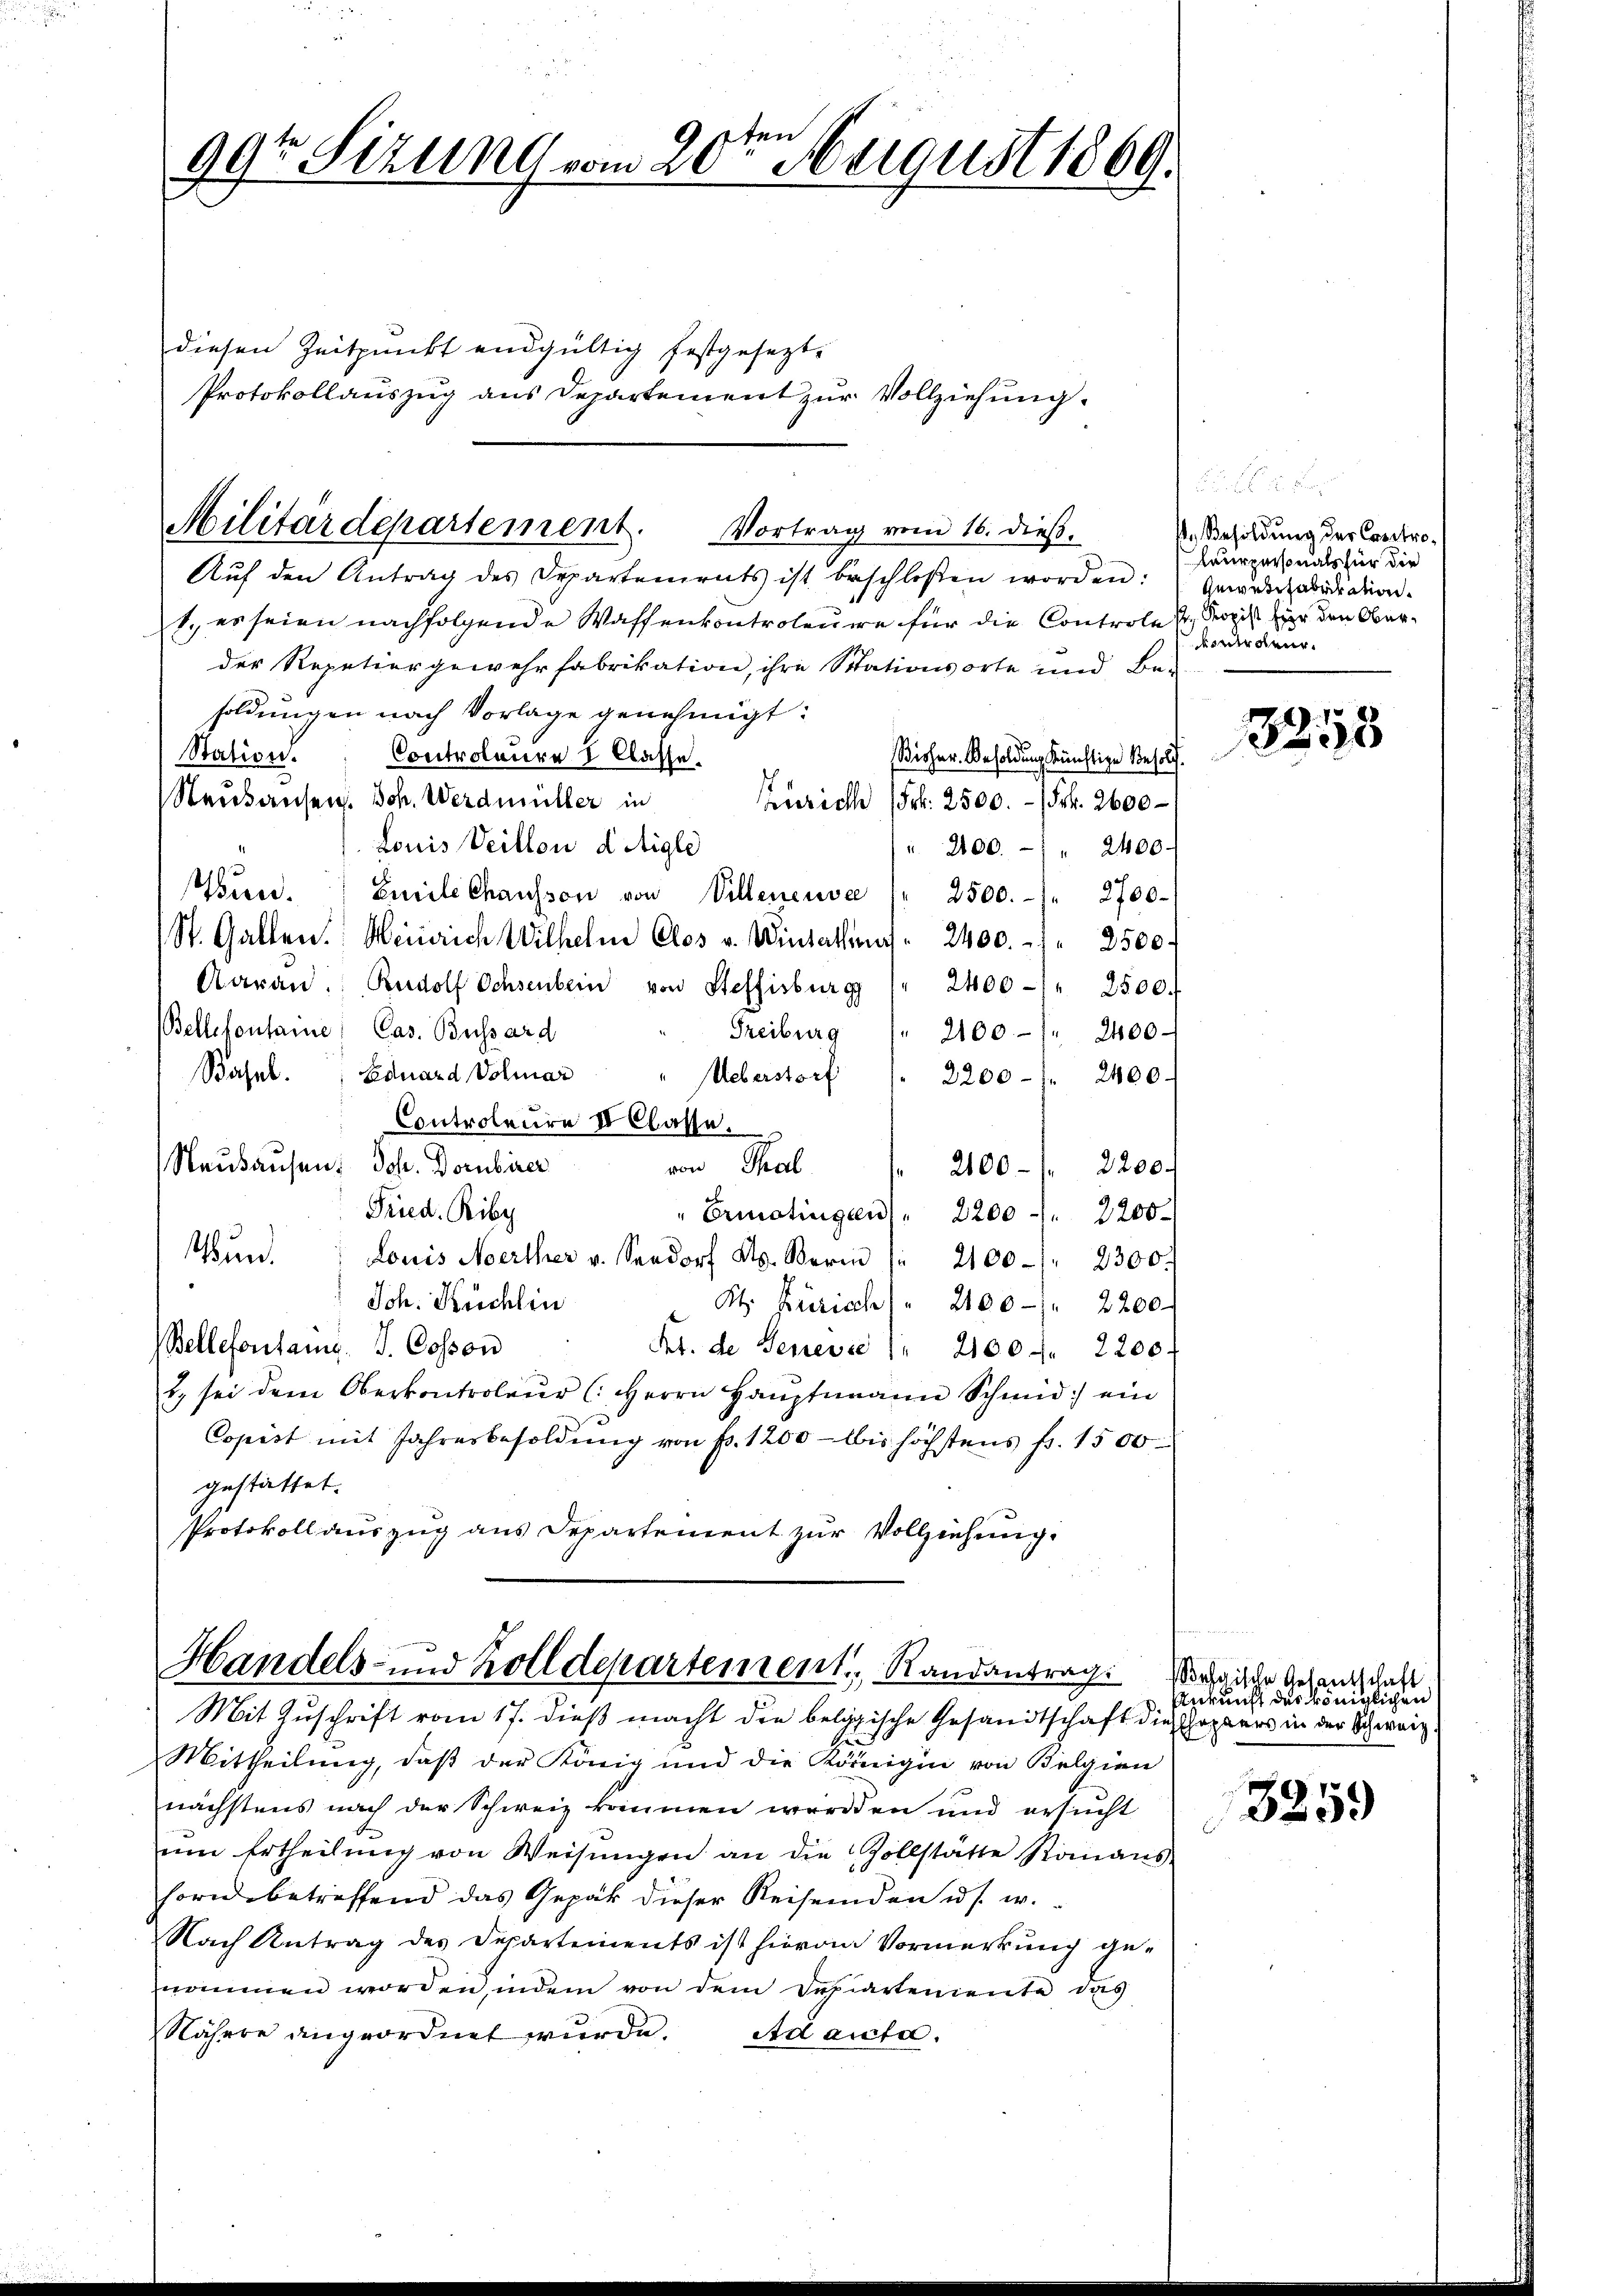
en
99t Sizung vom 20. August 1869.

diesen Zeitpunkt endgültig festgesezt.
Protokollauszug aus Departement zur Vollziehung.

Militärdepartement. Vortrag vom 16. dieß.

Aŭf den Antrag des Departements ist beschloßen worden:
1., es seien nachfolgende Waffenkontroleuere für die Controle u Kopist für den Oberder Repetiergewehrfabrikation, ihre Stationsorte und Be-
soldungen nach Vorlage genehmigt:
Station. Controleure I Classe.
Bisher. Besoldung künftige Besold.
Neuhausen. Joh. Werdmüller in
Zürich (Frk. 2500. - Fr. 2600
Louis Veillon d Aigle
" 2100. " " 2400.
Tun. Emile Chausson von Villeneuve /" 2500.- 1. 2700.
St. Gallen. Heinrich Wilhelm Clos u. Wiesachens 2400. 1. 2500
Aaran. Rudolf Ochsenbein von Steffisburg (" 2400 " 2500.
Bellefontaine: Cas. Bossard
Freiburg (" 2100 " 2400
Basel. Eduard Volmar
Ueberstorf 1. 2200 - 7. 2400.
Controleure IV Classe.
Neuhausen, Joh. Dornbirer
von Thal
2100 -  2200.
Fried. Biby
Ermatingen " 2200    "  2200.
Wund
Louis Noerther v. Seedorf As. Beri
2100 " 2300.
Jch. Kuchlin
Kt. Bürisch " 2100 - " 2200
Bellefontan. J. Cosson
Frt. de Genević " 2100 f 2200
2. sei dem Oberkontroleur (Herrn Haŭptmann Schmid ein
Copist mit Jahresbesoldŭng von Fr. 1200 lbis höchstens fr. 1500
gestattet.
Protokoll auszug aus Departement zur Vollziehung.

Mit Zuschrift vom 17. dieß macht die belgische Gesandtschaft die Hoppers in der Schweiz
Mittheilung, daß der König und die Königin von Belgien
nächstens nach der Schweiz kommen werden und ersucht
um Ertheilung von Weisungen an die Zollstätte Romans
horn betreffend das Gepäck dieser Reisenden u. s. w.
Nach Antrag des Departements ist hievon Vormerkung genommen worden, indem von dem Departemente das
Nähere angeordnet wurde. Adaucta.

Handels- und Zolldepartement, Randantrag. Wenn ihrer Gesandschaft

1. Besoldung des Contro¬
Leurpersonals für die
Qewetizabrikation
eutrauer.

3858

Ankunft des königlichen

3259